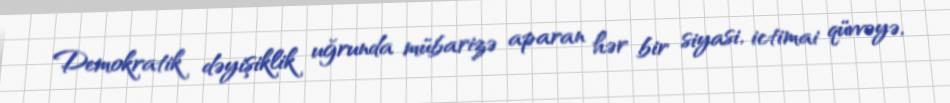
Demokratik dəyişiklik uğrunda mübarizə aparan hər bir siyasi, ictimai qüvvəyə,